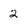
Character: 2